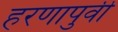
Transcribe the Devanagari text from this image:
हरणापुर्वी